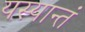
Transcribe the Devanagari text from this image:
यस्यान्तं